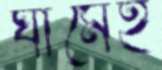
ঘামেই